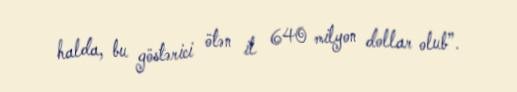
halda, bu göstərici ötən il 640 milyon dollar olub”.